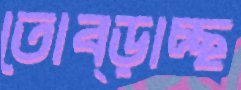
তোব্‌ড়াচ্ছ